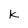
Character: k